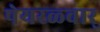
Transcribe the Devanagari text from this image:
पेयरळ्वार्